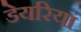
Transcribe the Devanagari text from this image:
डेयरियां